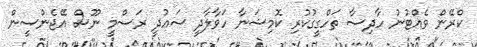
ކްރޭން ވެއްޓުނު ހާދިސާ ތަހްގީގުކުރި ކޮމިޝަނާ ހަވާލާދީ ސައުދީ ރަސްމީ ނޫސް އޭޖެންސީން